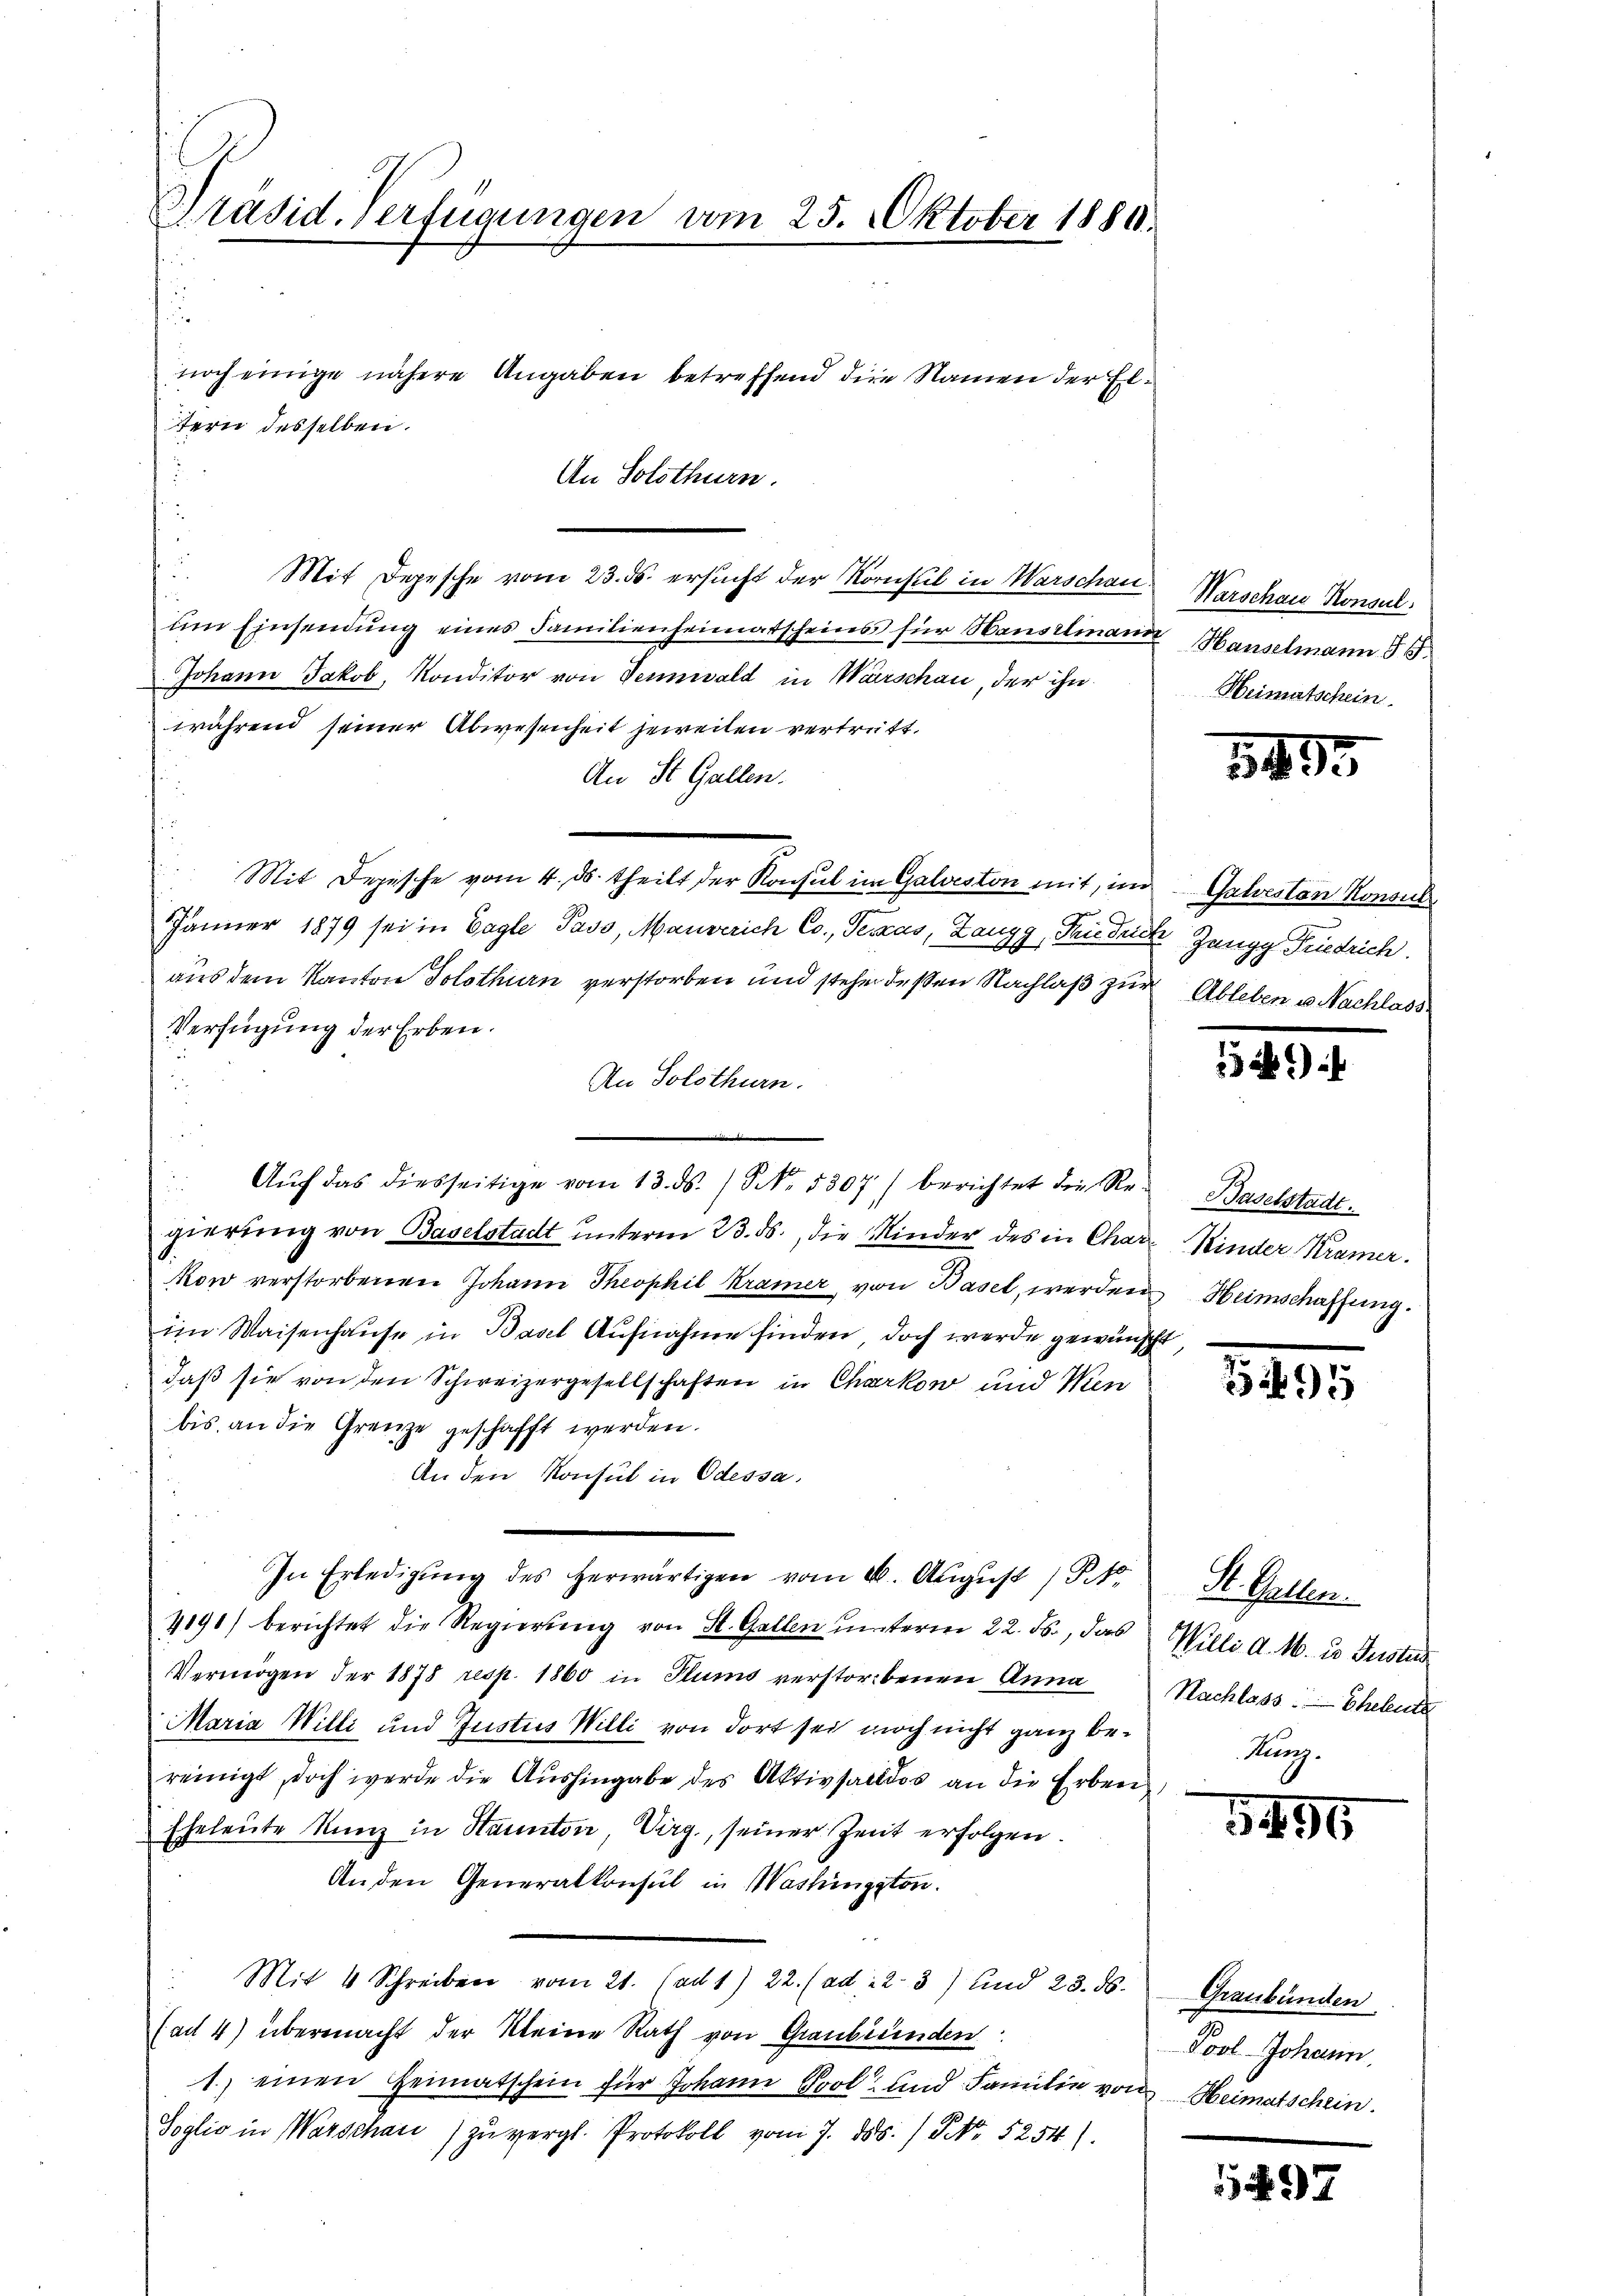
Präsid. Verfügungen vom 25. Oktober 1880.

An Solothurn.
i
Mit Depesche vom 23. ds. ersucht der Konsul in Warschau
um Einsendung eines Familienheimatscheins für Bausteinand
Johann Jakob, Konditor von Vennwald in Warschau, der ihn
während seiner Abwesenheit jeweilen vertrett.
An St. Gallen.
Mit Depesche vom 4. ds. theilt der Konsul im Galveston mit, im Galvesten Konsul
Jänner 1879 sei in Cagle Pass, Mangerich Co., Texas, Zangg, Friedrich Zangg Friedrich.
aus dem Kanton Solothurn verstorben und steher deßen Nachlaβ zŭr Ableben u. Nachlass
Verfügung der Erben.
An Solothurn.
 Aŭf das diesseitige vom 13. ds. S. Nr. 5307) berichtet die Re-
gierung von Baselstadt unterm 23. ds., die Minder des in Charkon verstorbenen Johann Theophil Kramer von Basel werden
im Waisenhause in Basel Aufnahme finden, doch werde gewünsch
daß sie von den Schweizergesellschaften in Charkow und Men
bis an die Grenze geschafft werden.
An den Konsul in Odessa,
In Erledigung des herwärtigen vom 6. August 1 P.10
4191) berichtet die Regierŭng von St. Gallen unterm 22. ds., das Willi d. M. u. Justus
Vermögen der 1878 resp. 1860 in Plums verstorbenen Anna
Maria Willi und Justus Willi von dort sei noch nicht ganz bereinigt, doch werde die Aŭshingabe des Aktivsaldos an die Erben,
Eheleute Kunz in Staunton, Virg., seiner Zeit erfolgen.
An den Generalkonsul in Washingston.
Mit 4 Schreiben vom 21. ad 1. 22. (ad 223) und 23. ds.
(ad 4) übermacht der Meine Rath von Graubünden
1.) einen Heimatschein für Johann Prol und Familie von Heimatschein.
Soglio in Warschau zŭ vergl. Protokoll vom 7. ds. / NNo. 5254).

noch einige nähere Angaben betreffend die Namen der Eltern desselben.

Warschau Konsul
 Hauselmann J. J.
Heimatschein.

1455.

Baselstadt.
Rinter Kramer.
Heimschaffung.
it

1895

St. Gallen.
Nachlass. Eheleute
Kunz.

545

Graubünden
Pool Johann,

5497